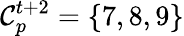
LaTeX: \mathcal{C}_{p}^{t+2}=\{ 7,8,9\}